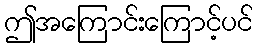
ဤအကြောင်းကြောင့်ပင်